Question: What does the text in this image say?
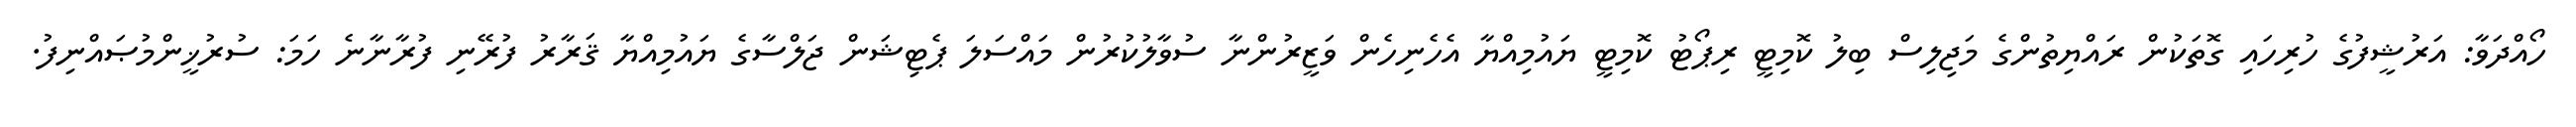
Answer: ހޯއްދަވާ: އަރުޝީފުގެ ހުރިހައި ގޮތަކުން ރައްޔިތުންގެ މަޖިލިސް ބިލު ކޮމިޓީ ރިޕޯޓު ކޮމިޓީ ޔައުމިއްޔާ އެހެނިހެން ވަޒީރުންނާ ސުވާލުކުރުން މައްސަލަ ޕެޓިޝަން ޖަލްސާގެ ޔައުމިއްޔާ ޤަރާރު ފުރޭނި ފުރާނާނެ ހަމަ: ސުރުޚީންމުޞައްނިފު.